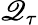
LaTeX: \mathscr{Q}_{\tau}